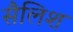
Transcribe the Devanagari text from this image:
सैलिश